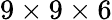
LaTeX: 9\times 9\times 6